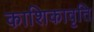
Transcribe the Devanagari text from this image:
काशिकावृति